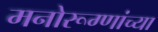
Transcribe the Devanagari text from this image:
मनोरूग्णांच्या